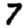
Digit: 7